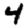
Digit: 4